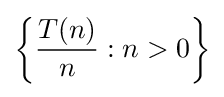
\left\{{\frac {T(n)}{n}}:n>0\right\}